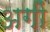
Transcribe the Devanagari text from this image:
अगीं